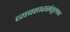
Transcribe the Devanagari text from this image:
व्यवहारसंतुलन